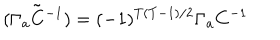
LaTeX: { \tilde { ( \Gamma _ { a } C ^ { - 1 } ) } } = ( - 1 ) ^ { T ( T - 1 ) / 2 } \Gamma _ { a } C ^ { - 1 }